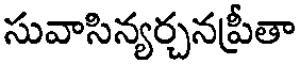
సువాసిన్యర్చనప్రీతా